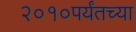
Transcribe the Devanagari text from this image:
२०१०पर्यंतच्या